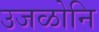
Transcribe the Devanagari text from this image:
उजळोनि